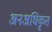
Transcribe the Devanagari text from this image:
अनअधिकृत